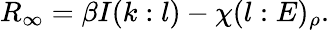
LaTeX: R_{\infty}=\beta I(k:l)-\chi(l:E)_{\rho}.